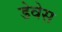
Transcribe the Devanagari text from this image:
डेवेस